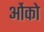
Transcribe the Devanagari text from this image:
ओंको